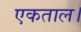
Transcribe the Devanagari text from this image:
एकताल।